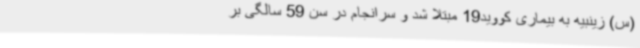
(س) زینبیه به بیماری کووید19 مبتلا شد و سرانجام در سن 59 سالگی بر